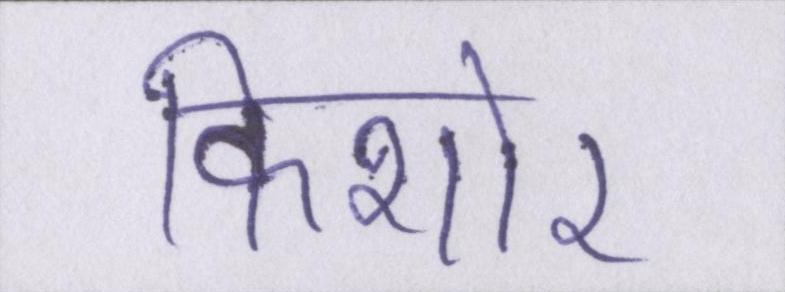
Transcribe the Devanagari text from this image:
किशोर